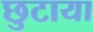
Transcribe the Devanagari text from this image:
छुटाया